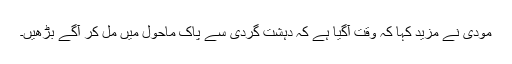
مودی نے مزید کہا کہ وقت آگیا ہے کہ دہشت گردی سے پاک ماحول میں مل کر آگے بڑھیں۔